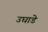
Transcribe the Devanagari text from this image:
उघाडे